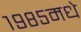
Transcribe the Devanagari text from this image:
१९८५मधे